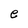
Character: e